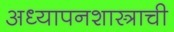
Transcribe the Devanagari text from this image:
अध्यापनशास्त्राची